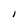
Character: 1